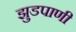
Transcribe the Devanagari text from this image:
झुडपाणी